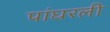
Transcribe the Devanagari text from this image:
पांघरली